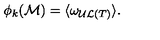
\phi _ { k } ( { \cal M } ) = \langle \omega _ { { \cal U L } ( T ) } \rangle \mathrm { . }